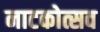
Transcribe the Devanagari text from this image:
नाटकोत्सव